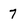
Character: 7